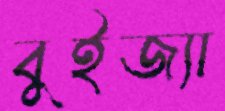
বুইজ্যা